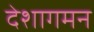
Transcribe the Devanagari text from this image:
देशागमन